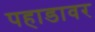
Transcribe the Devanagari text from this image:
पहाडावर